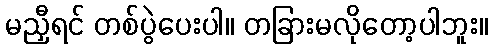
မညှီရင် တစ်ပွဲပေးပါ။ တခြားမလိုတော့ပါဘူး။